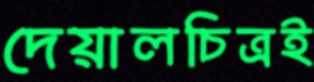
দেয়ালচিত্রই